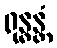
ရုန္ဓန္တံ